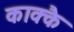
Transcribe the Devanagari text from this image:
काक्कै